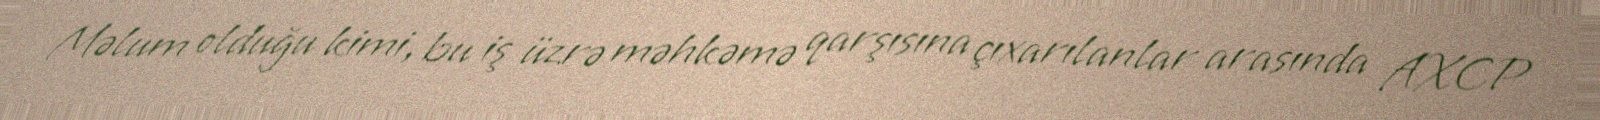
Məlum olduğu kimi, bu iş üzrə məhkəmə qarşısına çıxarılanlar arasında AXCP